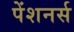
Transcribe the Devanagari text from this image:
पेंशनर्स